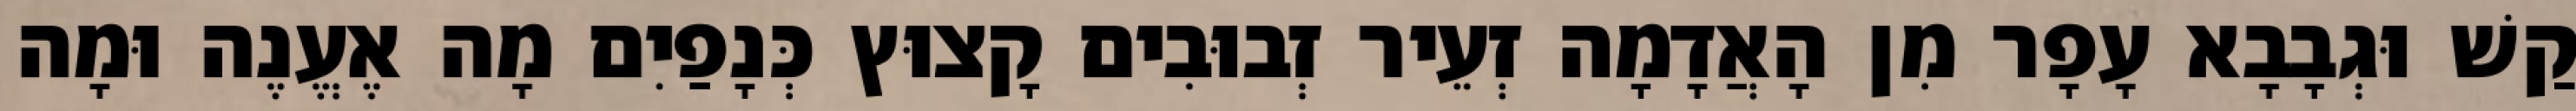
קַשׁ וּגְבָבָא עָפָר מִן הָאֲדָמָה זְעֵיר זְבוּבִים קָצוּץ כְּנָפַיִם מָה אֶעֱנֶה וּמָה